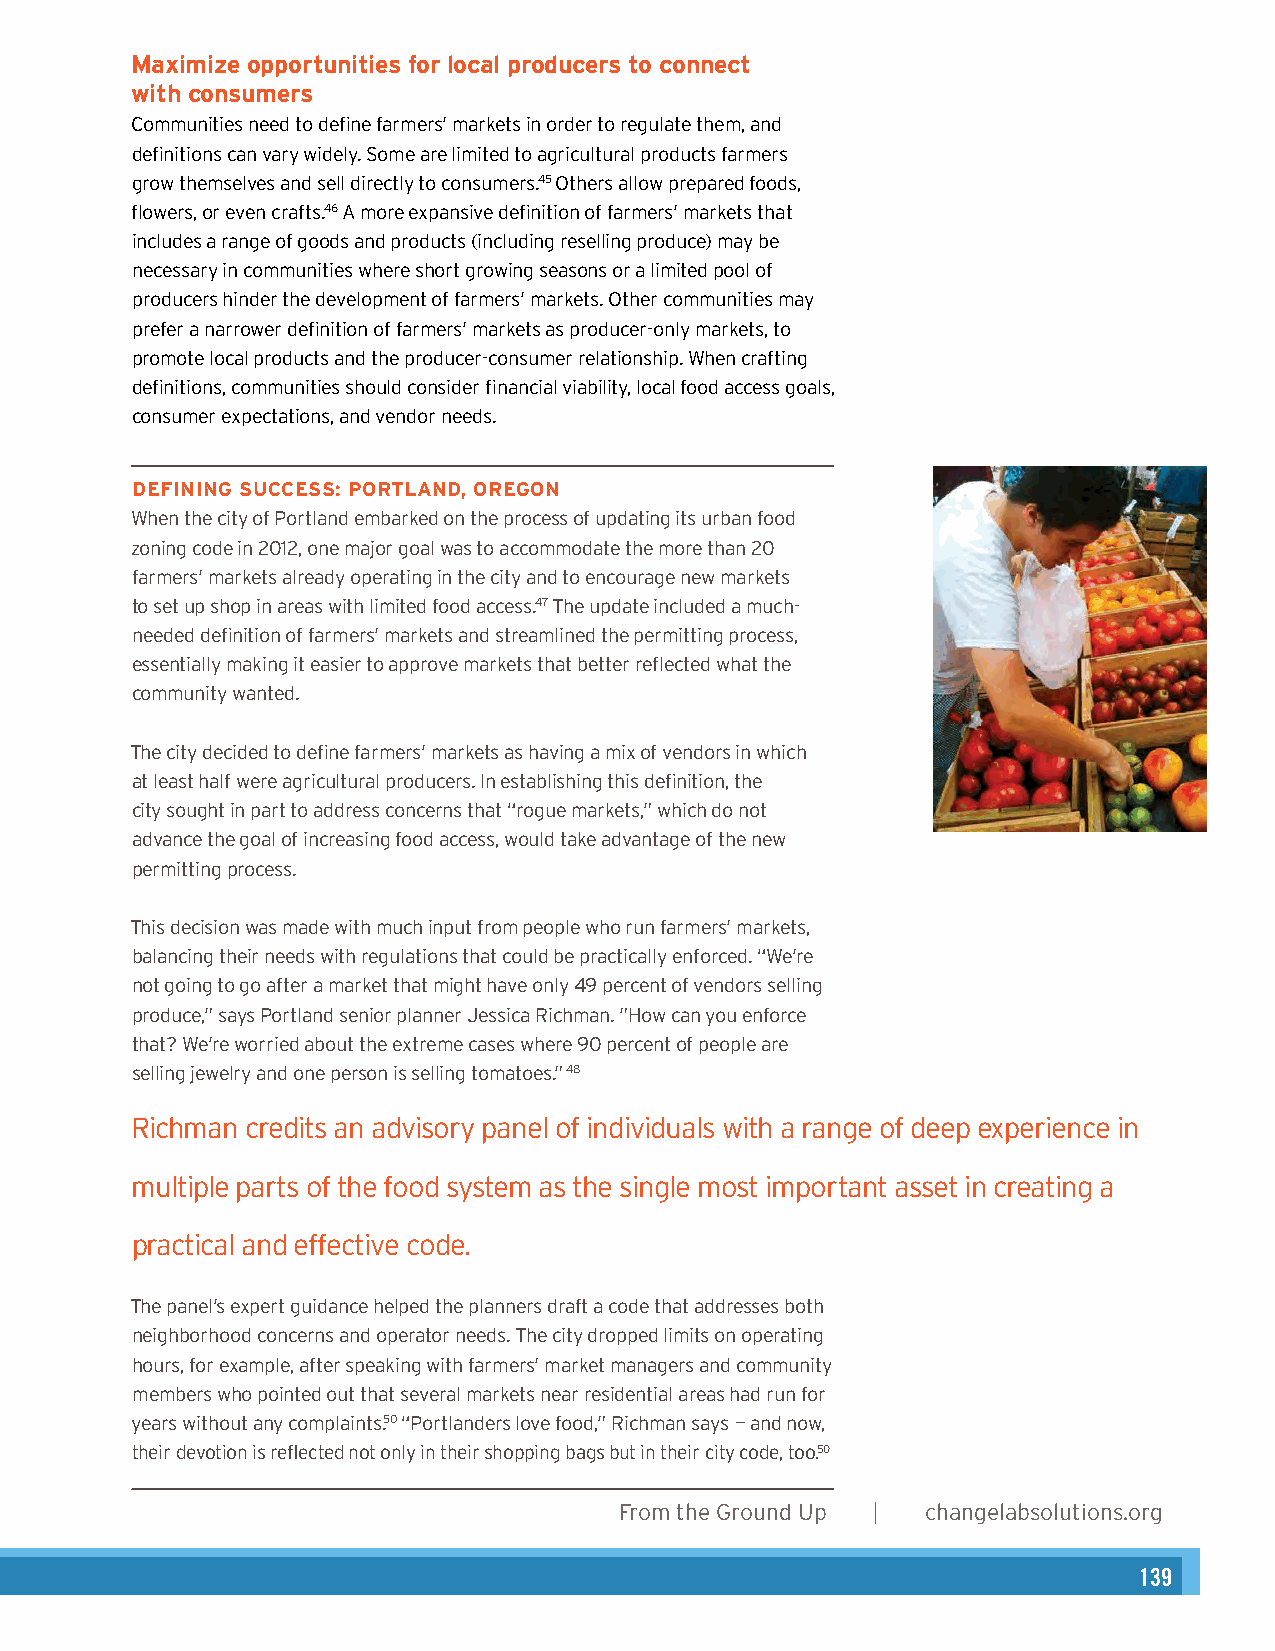
Maximize opportunities for local producers to connect
 with consumers                                       Authors
 Communities need to define farmers’ markets in order to regulate them, and Heather Wooten, MCP, Senior Planner & Program Director
 definitions can vary widely. Some are limited to agricultural products farmers
 Amy Ackerman, JD, Consulting Attorney
 grow themselves and sell directly to consumers.45 Others allow prepared foods,
 flowers, or even crafts.46 A more expansive definition of farmers’ markets that
 includes a range of goods and products (including reselling produce) may be
 Acknowledgements
 necessary in communities where short growing seasons or a limited pool of
 Angela Hadwin, MCP, Healthy Planning Fellow
 producers hinder the development of farmers’ markets. Other communities may
 prefer a narrower definition of farmers’ markets as producer-only markets, to
 promote local products and the producer-consumer relationship. When crafting
 Graphic Design
 definitions, communities should consider financial viability, local food access goals,
 Karen Parry | Black Graphics
 consumer expectations, and vendor needs.
 DEFINING SUCCESS: PORTLAND, OREGON                    Photos
 When the city of Portland embarked on the process of updating its urban food
 Karen Parry (pages 4, 18, and 26), Lydia Daniller (pages 6, 16, 23, 30, and 35), and
 zoning code in 2012, one major goal was to accommodate the more than 20
 FlickrCreative Commons: Anuj Biyani (page 10), muffet (page 12), John Loo (page 14),
 farmers’ markets already operating in the city and to encourage new markets
 to set up shop in areas with limited food access.47 The update included a much- andalexander.steed (page 15).
 needed definition of farmers’ markets and streamlined the permitting process,
 essentially making it easier to approve markets that better reflected what the
 community wanted.
 The city decided to define farmers’ markets as having a mix of vendors in which
 at least half were agricultural producers. In establishing this definition, the
 city sought in part to address concerns that “rogue markets,” which do not
 advance the goal of increasing food access, would take advantage of the new
 permitting process.
 This decision was made with much input from people who run farmers’ markets,
 balancing their needs with regulations that could be practically enforced. “We’re
 not going to go after a market that might have only 49 percent of vendors selling
 produce,” says Portland senior planner Jessica Richman. ”How can you enforce
 that? We’re worried about the extreme cases where 90 percent of people are
 selling jewelry and one person is selling tomatoes.” 48
 Richman credits an advisory panel of individuals with a range of deep experience in
 multiple parts of the food system as the single most important asset in creating a
 practical and effective code.
 The panel’s expert guidance helped the planners draft a code that addresses both
 neighborhood concerns and operator needs. The city dropped limits on operating
 hours, for example, after speaking with farmers’ market managers and community
 members who pointed out that several markets near residential areas had run for
 years without any complaints.50 “Portlanders love food,” Richman says – and now,
 their devotion is reflected not only in their shopping bags but in their city code, too.50
 2      From the Ground Up | changelabsolutions.org
 changelabsolutions.org | From the Ground Up 15
 139